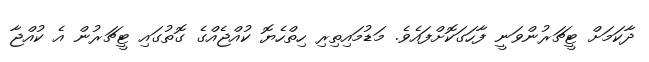
ދާކަމަށް ޓީޗަރުންވަނީ ފާހަގަކޮށްފައެވެ. މަޑުމައިތިރި ހިތްހެޔޮ ކުއްޖެއްގެ ގޮތުގައި ޓީޗަރުން އެ ކުއްޖާ